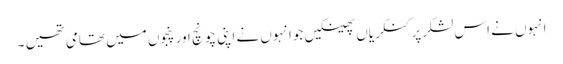
انہوں نے اس لشکرپر کنکریاں پھینکیں جوانہوں نے اپنی چونچ اور پنجوں میں تھامی تھیں ۔